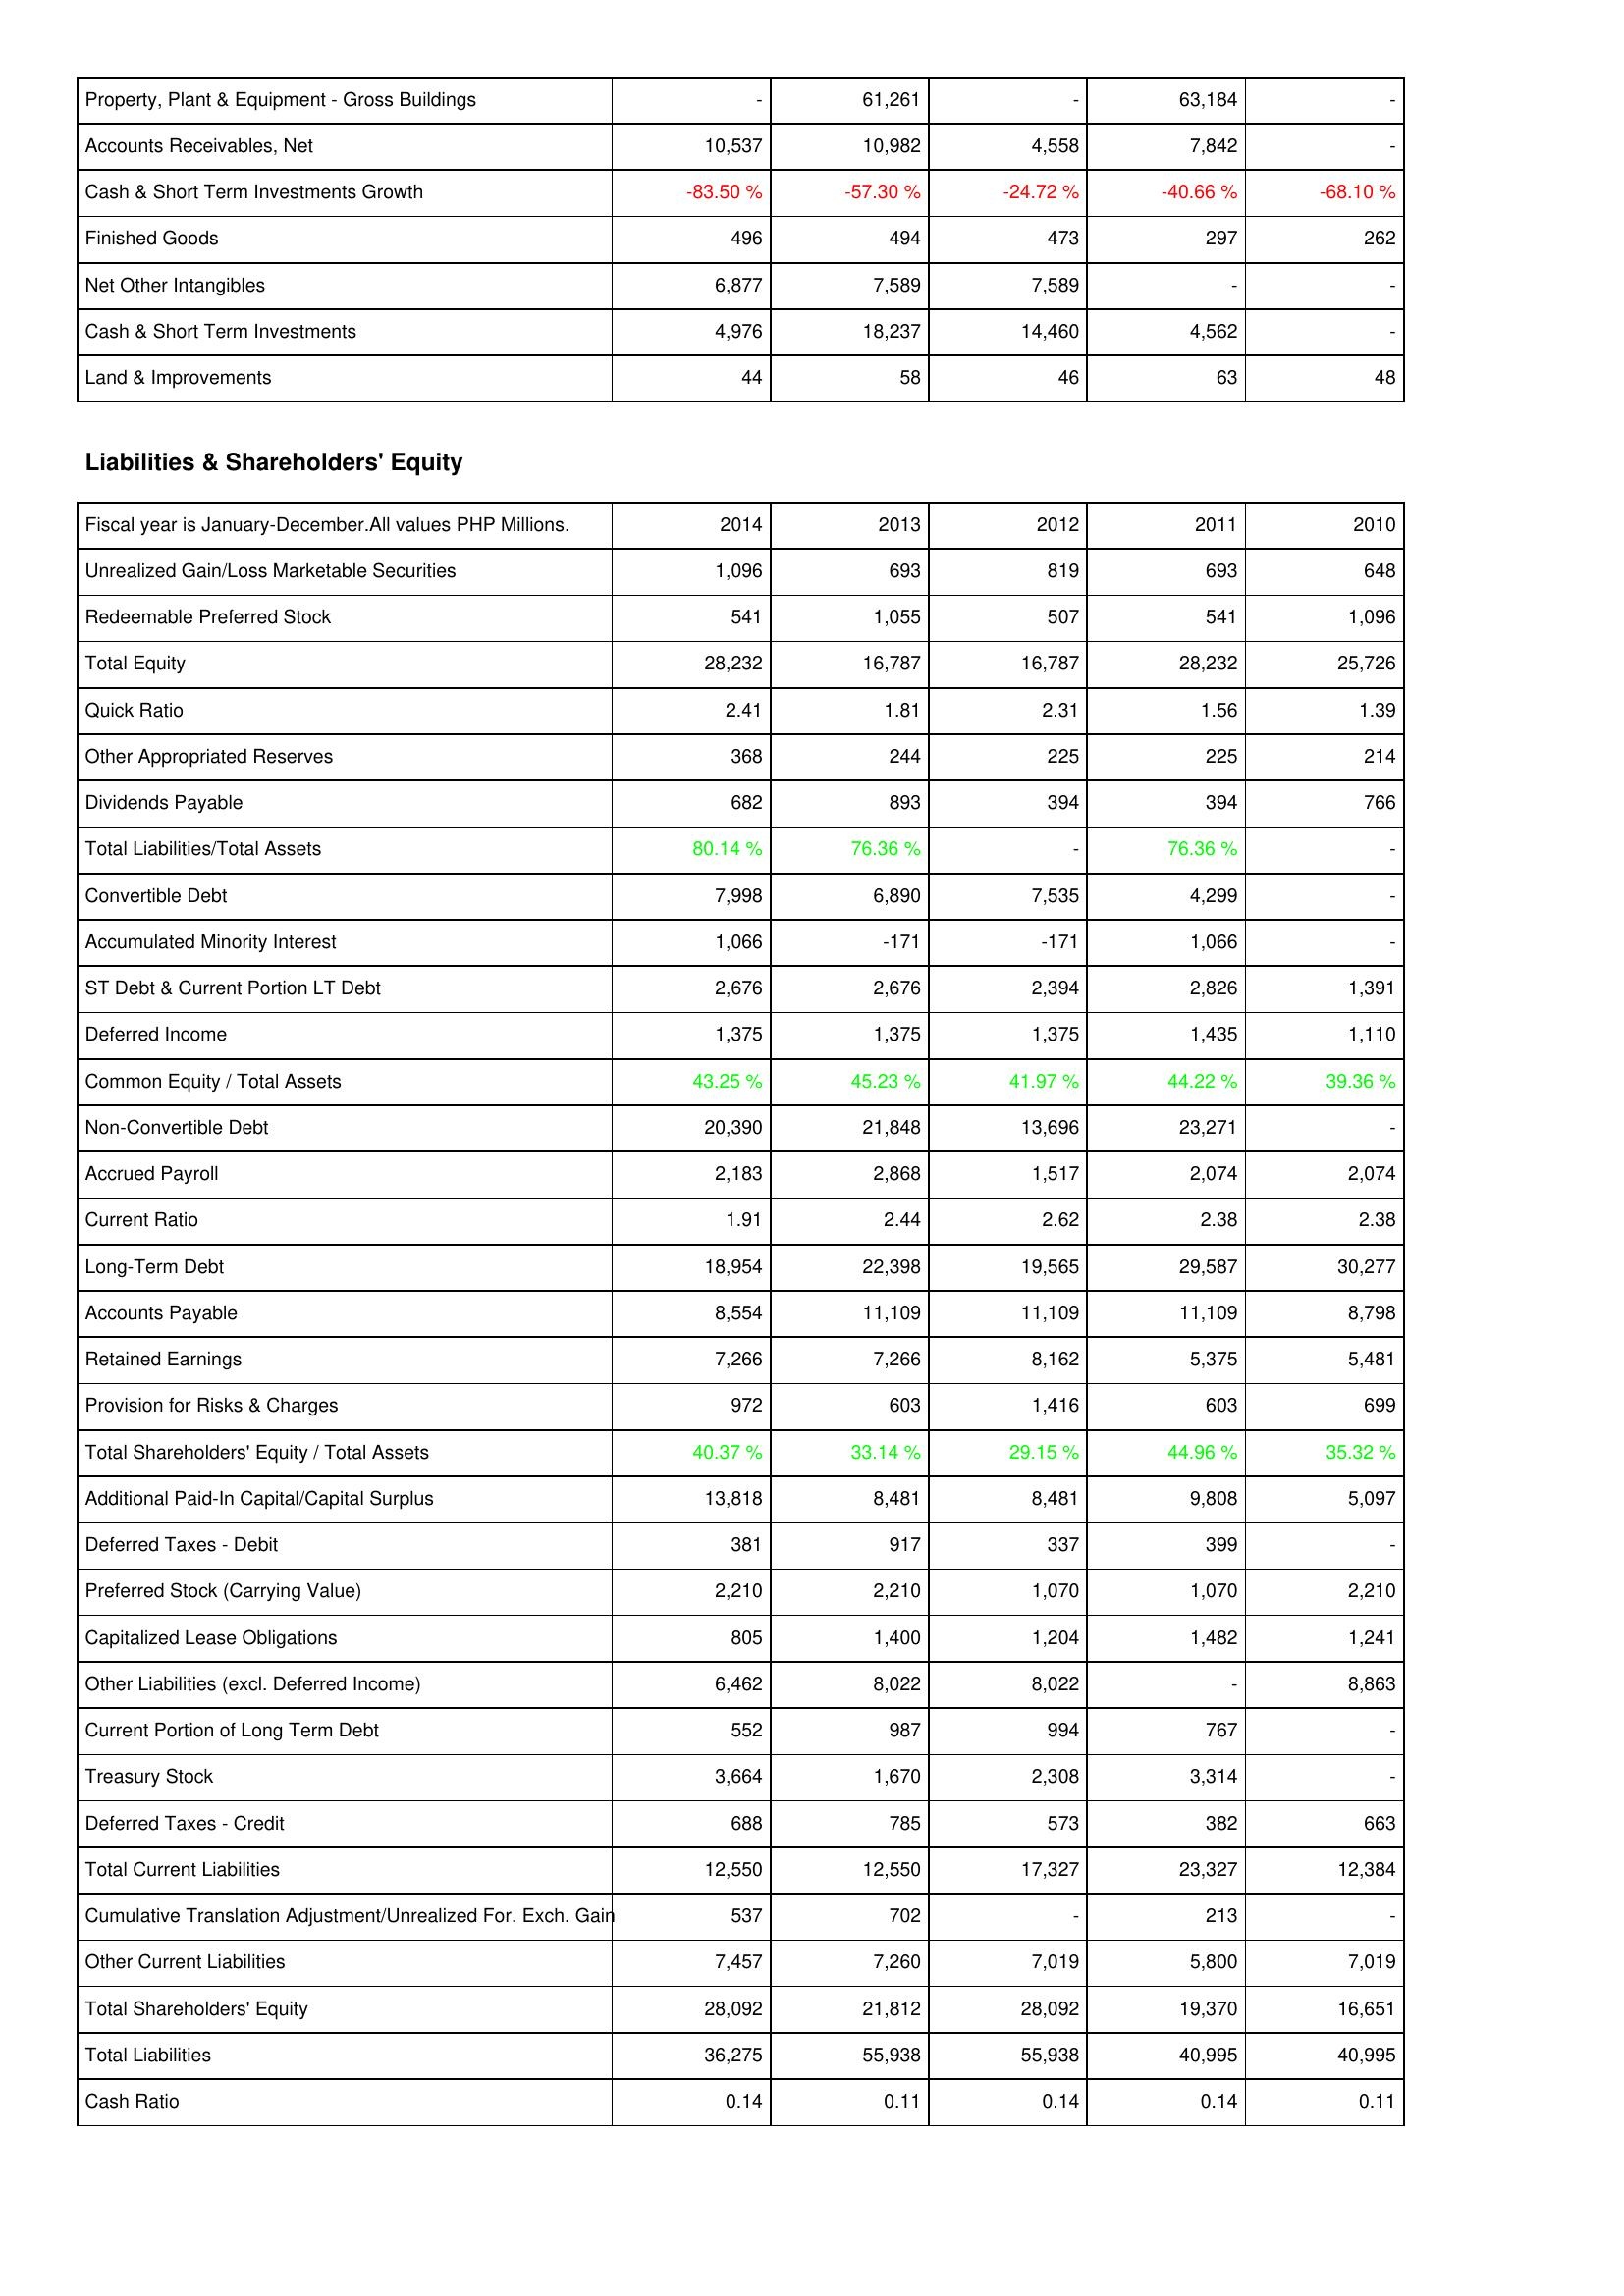
2014: Assets: Property, Plant & Equipment - Gross Buildings: -
Accounts Receivables, Net: 10,537
Cash & Short Term Investments Growth: -83.50 %
Finished Goods: 496
Net Other Intangibles: 6,877
Cash & Short Term Investments: 4,976
Land & Improvements: 44
Liabilities & Shareholders' Equity: Unrealized Gain/Loss Marketable Securities: 1,096
Redeemable Preferred Stock: 541
Total Equity: 28,232
Quick Ratio: 2.41
Other Appropriated Reserves: 368
Dividends Payable: 682
Total Liabilities/Total Assets: 80.14 %
Convertible Debt: 7,998
Accumulated Minority Interest: 1,066
ST Debt & Current Portion LT Debt: 2,676
Deferred Income: 1,375
Common Equity / Total Assets: 43.25 %
Non-Convertible Debt: 20,390
Accrued Payroll: 2,183
Current Ratio: 1.91
Long-Term Debt: 18,954
Accounts Payable: 8,554
Retained Earnings: 7,266
Provision for Risks & Charges: 972
Total Shareholders' Equity / Total Assets: 40.37 %
Additional Paid-In Capital/Capital Surplus: 13,818
Deferred Taxes - Debit: 381
Preferred Stock (Carrying Value): 2,210
Capitalized Lease Obligations: 805
Other Liabilities (excl. Deferred Income): 6,462
Current Portion of Long Term Debt: 552
Treasury Stock: 3,664
Deferred Taxes - Credit: 688
Total Current Liabilities: 12,550
Cumulative Translation Adjustment/Unrealized For. Exch. Gain: 537
Other Current Liabilities: 7,457
Total Shareholders' Equity: 28,092
Total Liabilities: 36,275
Cash Ratio: 0.14
2013: Assets: Property, Plant & Equipment - Gross Buildings: 61,261
Accounts Receivables, Net: 10,982
Cash & Short Term Investments Growth: -57.30 %
Finished Goods: 494
Net Other Intangibles: 7,589
Cash & Short Term Investments: 18,237
Land & Improvements: 58
Liabilities & Shareholders' Equity: Unrealized Gain/Loss Marketable Securities: 693
Redeemable Preferred Stock: 1,055
Total Equity: 16,787
Quick Ratio: 1.81
Other Appropriated Reserves: 244
Dividends Payable: 893
Total Liabilities/Total Assets: 76.36 %
Convertible Debt: 6,890
Accumulated Minority Interest: -171
ST Debt & Current Portion LT Debt: 2,676
Deferred Income: 1,375
Common Equity / Total Assets: 45.23 %
Non-Convertible Debt: 21,848
Accrued Payroll: 2,868
Current Ratio: 2.44
Long-Term Debt: 22,398
Accounts Payable: 11,109
Retained Earnings: 7,266
Provision for Risks & Charges: 603
Total Shareholders' Equity / Total Assets: 33.14 %
Additional Paid-In Capital/Capital Surplus: 8,481
Deferred Taxes - Debit: 917
Preferred Stock (Carrying Value): 2,210
Capitalized Lease Obligations: 1,400
Other Liabilities (excl. Deferred Income): 8,022
Current Portion of Long Term Debt: 987
Treasury Stock: 1,670
Deferred Taxes - Credit: 785
Total Current Liabilities: 12,550
Cumulative Translation Adjustment/Unrealized For. Exch. Gain: 702
Other Current Liabilities: 7,260
Total Shareholders' Equity: 21,812
Total Liabilities: 55,938
Cash Ratio: 0.11
2012: Assets: Property, Plant & Equipment - Gross Buildings: -
Accounts Receivables, Net: 4,558
Cash & Short Term Investments Growth: -24.72 %
Finished Goods: 473
Net Other Intangibles: 7,589
Cash & Short Term Investments: 14,460
Land & Improvements: 46
Liabilities & Shareholders' Equity: Unrealized Gain/Loss Marketable Securities: 819
Redeemable Preferred Stock: 507
Total Equity: 16,787
Quick Ratio: 2.31
Other Appropriated Reserves: 225
Dividends Payable: 394
Total Liabilities/Total Assets: -
Convertible Debt: 7,535
Accumulated Minority Interest: -171
ST Debt & Current Portion LT Debt: 2,394
Deferred Income: 1,375
Common Equity / Total Assets: 41.97 %
Non-Convertible Debt: 13,696
Accrued Payroll: 1,517
Current Ratio: 2.62
Long-Term Debt: 19,565
Accounts Payable: 11,109
Retained Earnings: 8,162
Provision for Risks & Charges: 1,416
Total Shareholders' Equity / Total Assets: 29.15 %
Additional Paid-In Capital/Capital Surplus: 8,481
Deferred Taxes - Debit: 337
Preferred Stock (Carrying Value): 1,070
Capitalized Lease Obligations: 1,204
Other Liabilities (excl. Deferred Income): 8,022
Current Portion of Long Term Debt: 994
Treasury Stock: 2,308
Deferred Taxes - Credit: 573
Total Current Liabilities: 17,327
Cumulative Translation Adjustment/Unrealized For. Exch. Gain: -
Other Current Liabilities: 7,019
Total Shareholders' Equity: 28,092
Total Liabilities: 55,938
Cash Ratio: 0.14
2011: Assets: Property, Plant & Equipment - Gross Buildings: 63,184
Accounts Receivables, Net: 7,842
Cash & Short Term Investments Growth: -40.66 %
Finished Goods: 297
Net Other Intangibles: -
Cash & Short Term Investments: 4,562
Land & Improvements: 63
Liabilities & Shareholders' Equity: Unrealized Gain/Loss Marketable Securities: 693
Redeemable Preferred Stock: 541
Total Equity: 28,232
Quick Ratio: 1.56
Other Appropriated Reserves: 225
Dividends Payable: 394
Total Liabilities/Total Assets: 76.36 %
Convertible Debt: 4,299
Accumulated Minority Interest: 1,066
ST Debt & Current Portion LT Debt: 2,826
Deferred Income: 1,435
Common Equity / Total Assets: 44.22 %
Non-Convertible Debt: 23,271
Accrued Payroll: 2,074
Current Ratio: 2.38
Long-Term Debt: 29,587
Accounts Payable: 11,109
Retained Earnings: 5,375
Provision for Risks & Charges: 603
Total Shareholders' Equity / Total Assets: 44.96 %
Additional Paid-In Capital/Capital Surplus: 9,808
Deferred Taxes - Debit: 399
Preferred Stock (Carrying Value): 1,070
Capitalized Lease Obligations: 1,482
Other Liabilities (excl. Deferred Income): -
Current Portion of Long Term Debt: 767
Treasury Stock: 3,314
Deferred Taxes - Credit: 382
Total Current Liabilities: 23,327
Cumulative Translation Adjustment/Unrealized For. Exch. Gain: 213
Other Current Liabilities: 5,800
Total Shareholders' Equity: 19,370
Total Liabilities: 40,995
Cash Ratio: 0.14
2010: Assets: Property, Plant & Equipment - Gross Buildings: -
Accounts Receivables, Net: -
Cash & Short Term Investments Growth: -68.10 %
Finished Goods: 262
Net Other Intangibles: -
Cash & Short Term Investments: -
Land & Improvements: 48
Liabilities & Shareholders' Equity: Unrealized Gain/Loss Marketable Securities: 648
Redeemable Preferred Stock: 1,096
Total Equity: 25,726
Quick Ratio: 1.39
Other Appropriated Reserves: 214
Dividends Payable: 766
Total Liabilities/Total Assets: -
Convertible Debt: -
Accumulated Minority Interest: -
ST Debt & Current Portion LT Debt: 1,391
Deferred Income: 1,110
Common Equity / Total Assets: 39.36 %
Non-Convertible Debt: -
Accrued Payroll: 2,074
Current Ratio: 2.38
Long-Term Debt: 30,277
Accounts Payable: 8,798
Retained Earnings: 5,481
Provision for Risks & Charges: 699
Total Shareholders' Equity / Total Assets: 35.32 %
Additional Paid-In Capital/Capital Surplus: 5,097
Deferred Taxes - Debit: -
Preferred Stock (Carrying Value): 2,210
Capitalized Lease Obligations: 1,241
Other Liabilities (excl. Deferred Income): 8,863
Current Portion of Long Term Debt: -
Treasury Stock: -
Deferred Taxes - Credit: 663
Total Current Liabilities: 12,384
Cumulative Translation Adjustment/Unrealized For. Exch. Gain: -
Other Current Liabilities: 7,019
Total Shareholders' Equity: 16,651
Total Liabilities: 40,995
Cash Ratio: 0.11